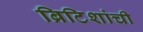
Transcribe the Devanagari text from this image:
ब्रिटिशांची